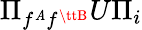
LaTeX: \Pi_{f^{\tt\mathit{A}}f^{\ttB}}U\Pi_{i}